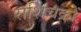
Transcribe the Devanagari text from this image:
राशिचक्रों